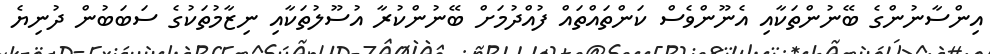
އިންސާނުންގެ ބޭނުންތަކާއި އެނޫންވެސް ކަންތައްތައް ފުއްދުމަށް ބޭނުންކުރާ އުސޫލުތަކާއި ނިޒާމުތަކުގެ ސަބަބުން ދުނިޔެ